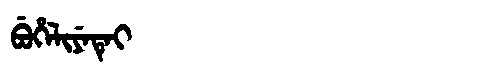
Manchu: ᠪᡠᡥᡝᠯᡳᠶᡝᡨᡝᡳ
Romanization: BUHELIYETEI